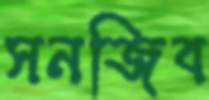
সনজিব